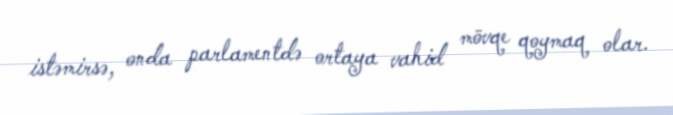
istəmirsə, onda parlamentdə ortaya vahid mövqe qoymaq olar.